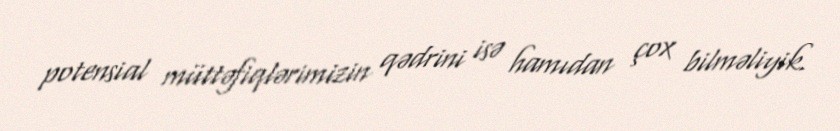
potensial müttəfiqlərimizin qədrini isə hamıdan çox bilməliyik.